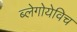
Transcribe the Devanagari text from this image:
ब्लेगोयेविच